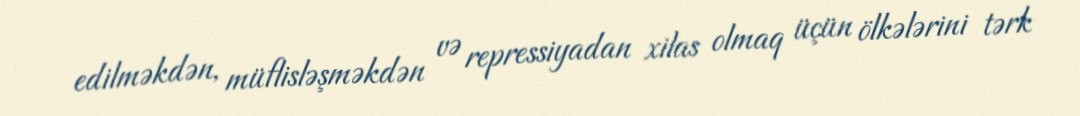
edilməkdən, müflisləşməkdən və repressiyadan xilas olmaq üçün ölkələrini tərk